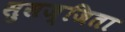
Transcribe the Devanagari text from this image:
सुसज्जिता